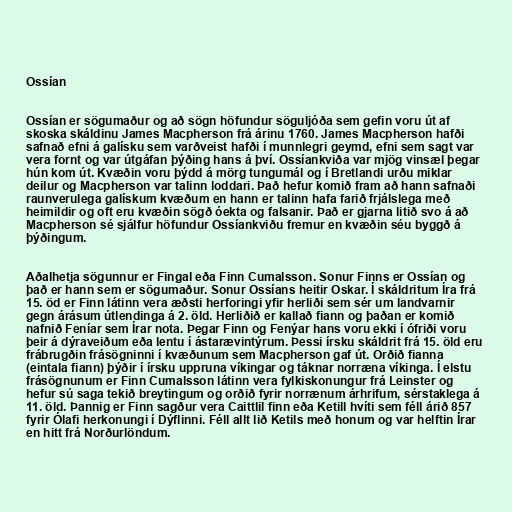
Ossían

Ossían er sögumaður og að sögn höfundur söguljóða sem gefin voru út af
skoska skáldinu James Macpherson frá árinu 1760. James Macpherson hafði
safnað efni á galísku sem varðveist hafði í munnlegri geymd, efni sem sagt var
vera fornt og var útgáfan þýðing hans á því. Ossíankviða var mjög vinsæl þegar
hún kom út. Kvæðin voru þýdd á mörg tungumál og í Bretlandi urðu miklar
deilur og Macpherson var talinn loddari. Það hefur komið fram að hann safnaði
raunverulega galískum kvæðum en hann er talinn hafa farið frjálslega með
heimildir og oft eru kvæðin sögð óekta og falsanir. Það er gjarna litið svo á að
Macpherson sé sjálfur höfundur Ossíankviðu fremur en kvæðin séu byggð á
þýðingum.

Aðalhetja sögunnur er Fingal eða Finn Cumalsson. Sonur Finns er Ossían og
það er hann sem er sögumaður. Sonur Ossíans heitir Oskar. Í skáldritum Íra frá
15. öd er Finn látinn vera æðsti herforingi yfir herliði sem sér um landvarnir
gegn árásum útlendinga á 2. öld. Herliðið er kallað fiann og þaðan er komið
nafnið Feníar sem Írar nota. Þegar Finn og Fenýar hans voru ekki í ófriði voru
þeir á dýraveiðum eða lentu í ástarævintýrum. Þessi írsku skáldrit frá 15. öld eru
frábrugðin frásögninni í kvæðunum sem Macpherson gaf út. Orðið fianna
(eintala fiann) þýðir í írsku uppruna víkingar og táknar norræna víkinga. Í elstu
frásögnunum er Finn Cumalsson látinn vera fylkiskonungur frá Leinster og
hefur sú saga tekið breytingum og orðið fyrir norrænum árhrifum, sérstaklega á
11. öld. Þannig er Finn sagður vera Caittlil finn eða Ketill hvíti sem féll árið 857
fyrir Ólafi herkonungi í Dýflinni. Féll allt lið Ketils með honum og var helftin Írar
en hitt frá Norðurlöndum.